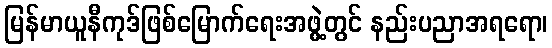
မြန်မာယူနီကုဒ်ဖြစ်မြောက်ရေးအဖွဲ့တွင် နည်းပညာအရရော၊